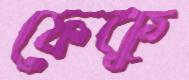
ফেকু